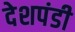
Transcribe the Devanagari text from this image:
देशपंडी